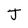
Character: J